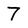
Character: 7